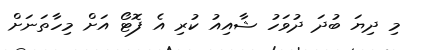
މި ދިޔަ ބުދަ ދުވަހު ޝާއިއު ކުރި އެ ފޮޓޯ އަށް މިހާތަނަށް